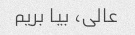
عالی، بیا بریم